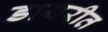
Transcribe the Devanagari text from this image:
डायरीत